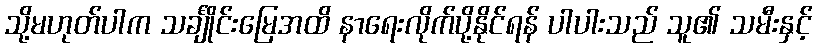
သို့မဟုတ်ပါက သင်္ချိုင်းမြေအထိ နာရေးလိုက်ပို့နိုင်ရန် ပါပါးသည် သူ၏ သမီးနှင့်